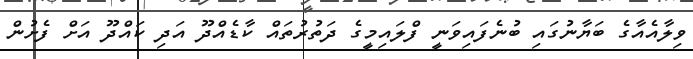
ވިލާއެއާގެ ބަޔާނުގައި ބުނެފައިވަނީ ފްލައިމީގެ ދަތުރުތައް ކާޑެއްދޫ އަދި ކައްދޫ އަށް ފެށުން